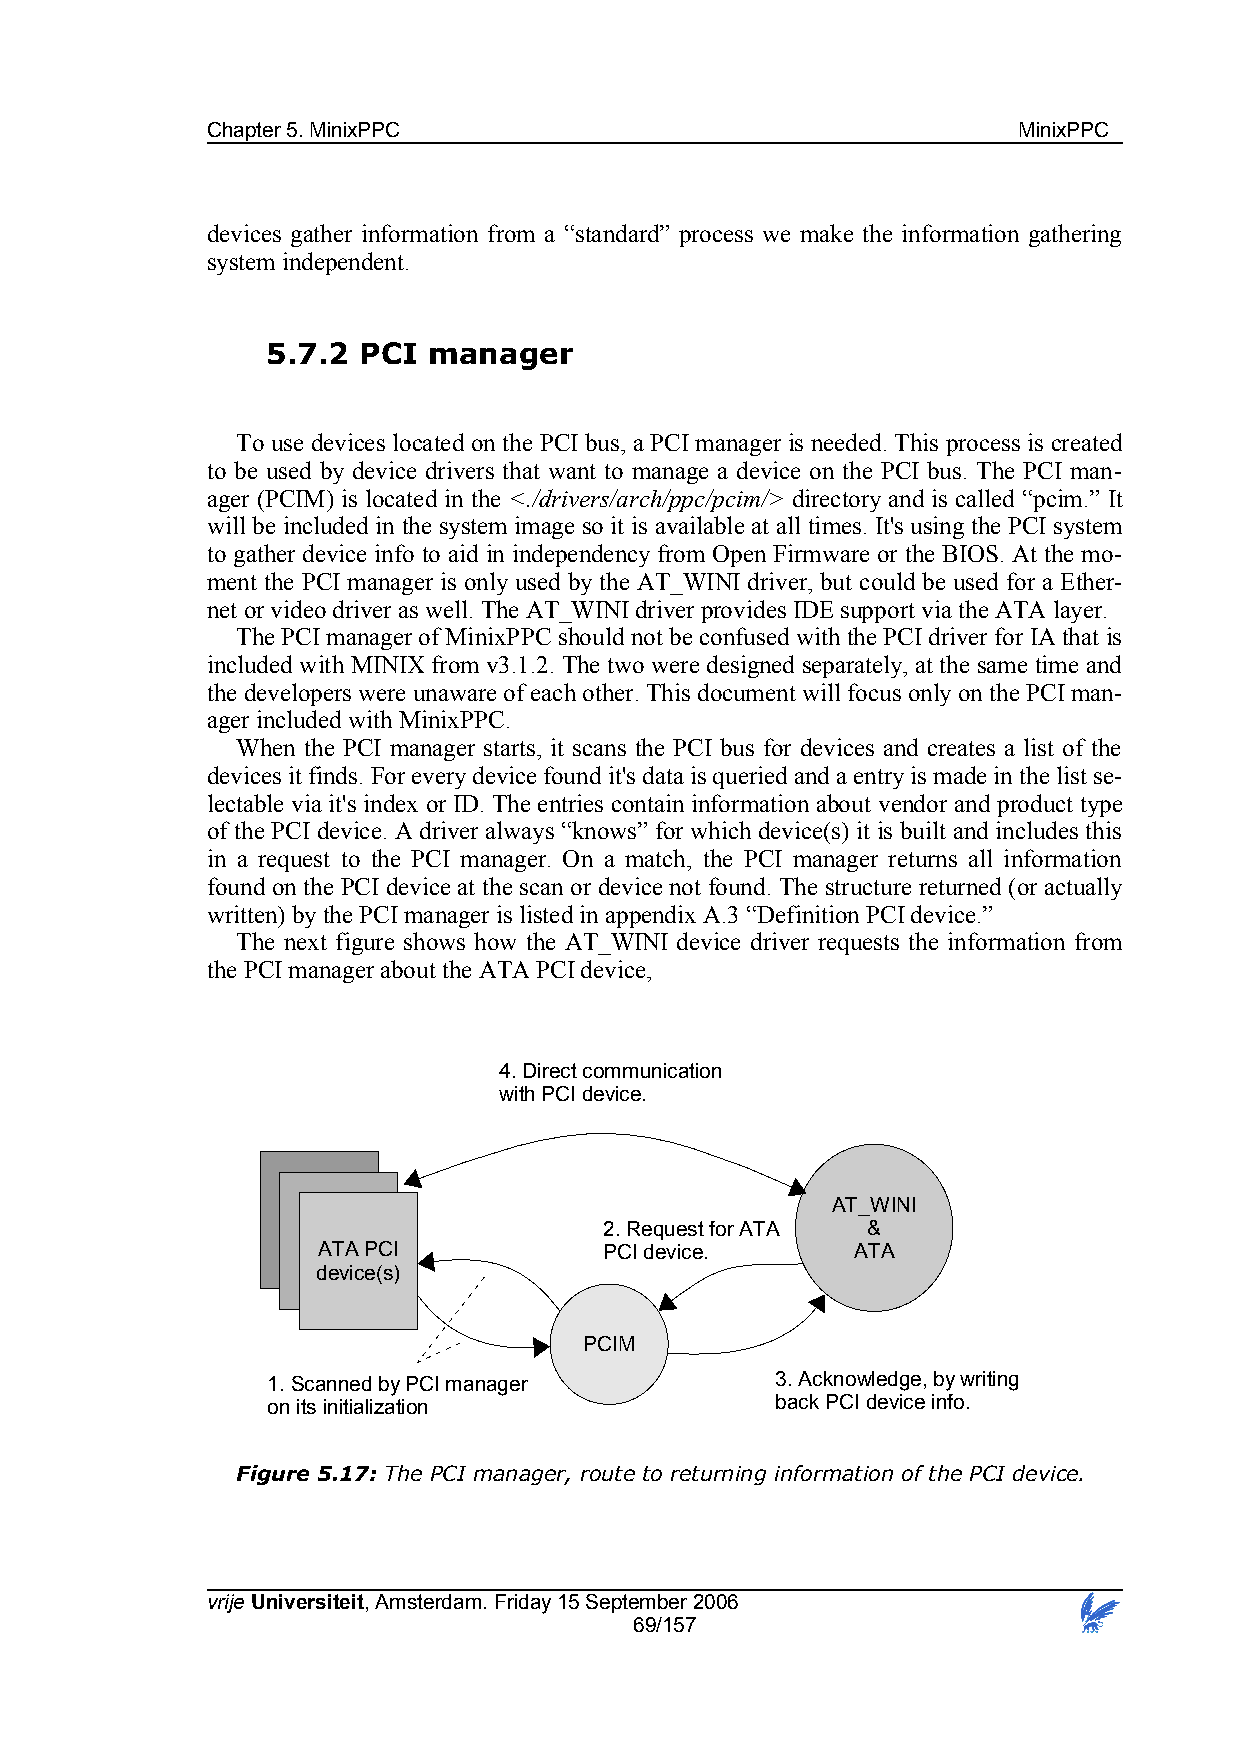
Chapter 5. MinixPPC                                  MinixPPC
 devices gather information from a “standard” process we make the information gathering
 system independent.
 5.7.2 PCI manager
 To use devices located on the PCI bus, a PCI manager is needed. This process is created
 to be used by device drivers that want to manage a device on the PCI bus. The PCI man-
 ager (PCIM) is located in the <./drivers/arch/ppc/pcim/> directory and is called “pcim.” It
 will be included in the system image so it is available at all times. It's using the PCI system
 to gather device info to aid in independency from Open Firmware or the BIOS. At the mo-
 ment the PCI manager is only used by the AT_WINI driver, but could be used for a Ether-
 net or video driver as well. The AT_WINI driver provides IDE support via the ATA layer.
 The PCI manager of MinixPPC should not be confused with the PCI driver for IA that is
 included with MINIX from v3.1.2. The two were designed separately, at the same time and
 the developers were unaware of each other. This document will focus only on the PCI man-
 ager included with MinixPPC.
 When the PCI manager starts, it scans the PCI bus for devices and creates a list of the
 devices it finds. For every device found it's data is queried and a entry is made in the list se-
 lectable via it's index or ID. The entries contain information about vendor and product type
 of the PCI device. A driver always “knows” for which device(s) it is built and includes this
 in a request to the PCI manager. On a match, the PCI manager returns all information
 found on the PCI device at the scan or device not found. The structure returned (or actually
 written) by the PCI manager is listed in appendix A.3 “Definition PCI device.”
 The next figure shows how the AT_WINI device driver requests the information from
 the PCI manager about the ATA PCI device,
 4. Direct communication
 with PCI device.
 AT_WINI
 2. Request for ATA &
 ATA PCI            PCI device.      ATA
 device(s)
 PCIM
 1. Scanned by PCI manager        3. Acknowledge, by writing
 on its initialization            back PCI device info.
 Figure 5.17: The PCI manager, route to returning information of the PCI device.
 vrije Universiteit, Amsterdam. Friday 15 September 2006
 69/157